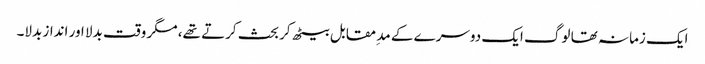
ایک زمانہ تھا لوگ ایک دوسرے کے مد ِمقابل بیٹھ کر بحث کرتے تھے، مگر وقت بدلا اور انداز بدلا۔